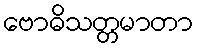
ဗောဓိသတ္တမာတာ